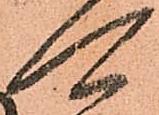
可